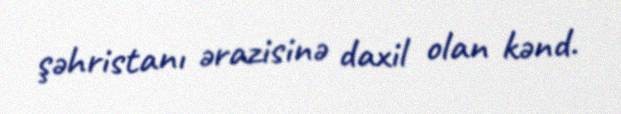
şəhristanı ərazisinə daxil olan kənd.